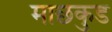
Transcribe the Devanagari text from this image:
माछकुड